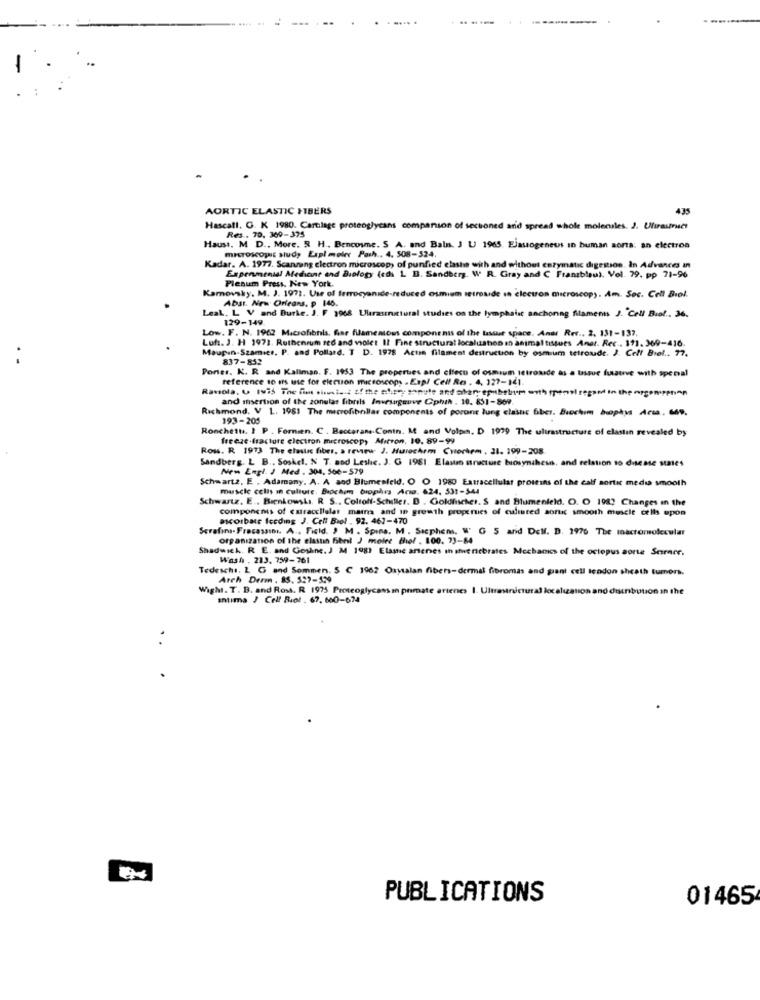
AORTIC ELASTIC FIBERS
435
Hascall. G. K 1980. Cartilage proteoglycans comparison of sectioned and spread whole molecules. 2. Ultrastruct
Res . 70, 360-375
Hauss. M. D ., More. R H ., Bencosme. S. A. and Balas. J U 1965. Elasogeneus In human sorta: an electron
miSTOSCOPIE sud, Expl meler Path .. 4. 508-524.
Kadar. A. 1977. Scansang electron microscopy of punfied clash with and without enzymatic digestion, In Advances in
Expenmenial Medhenne and Biology (eds 1 B. Sandberg. W. R. Gray and C Franzblau), Vol. 79. pp 71-96
Plenum Press. New York.
azbleu). Vel. 79. pp 71-96
Kamovsky. M. J. 1972. Use of ferrocyanide-reduced osmium metrosde in electron microscopy. Am. Soc. Cell Biol.
Absl. New Orleans. p 146.
129-149.
Low. F. N. 1962 Microfibnis. fine filamentous components of the tissue space. Andi Rec ., 2. 131-137.
Luft. J. H 1973. Ruthenrum red and violet Il Fine structural localustion in animal tissues Anet. Rec . 191. 369-416.
Maupin-Szamice, P. and Pollard. T D. 1978 Acta filament destruction by osmium tetroude. J. Cell Biel .. 77,
837-852
Poner. K. R and Kallman. F. 1953 The properties and effect of osmium Itroxide as a tissue fusuve with special
reference so irs use for electron microscopy . Esp/ Cell Ro . 4, 127-161.
Ravsola. ( 1975 The fim sivetsis of the cher sonute and affarepuhthemonth (emil regard in the nrcomrenen
and insertion of the zonulas fibrils Invesagouve Cphin . 10. 851-869.
Richmond. V 1. 1981 The microfibnllar components of poront lung classic bber. Biochem biophys Acta. G69.
193-205
Ronchetta. 1 P . Formien. C. Beccorame.Contn. M and Volpis. D 1979 The ultrastructure of elastin revealed by
freeze-fracture electron microscopy Mirton, 10. 89-99
Ross. R. 1973 The elastic fiber, a review. J. Hunochem Cwertem, 31. 199-208
Sandberg. L B .. Soskel, N T. and Leslie. J. G 1981 Elasmo uncture biosynthesis, and relation to disesse states
New Engl J Med . 304. 566-579
Schwart2. E . Adamany. A. A and Blumenfeld. O O 1980 Extracellular proteins of the calf aortic media smooth
muscle cells in culture, Biochem trophes Ario. 624, 531-544
Schwartz. E ., Bienkowska. R. S ., Coltolf-Schiller. B . Goldfischer. S.and Blumenfeld. O. O 1982 Changes in the
components of csiraccliular mama and in growth properties of cultured sonuc smooth muscle cells upon
ascorbate Iccding J. Cell Biol . 92. 467-470
Serafina- Fracassını. A .. Field. J M . Spina. M . Stephens, W G 5 and Dell. D. 1976 The macromolecular
organization of the elastin fibel J molet chel . 100. 73-84
Shadwick. R. E. and Gesline. J M 198) Elastic artenes in ifwe niebrates Mechanics of the octopus sorte Sernee.
Wash , 213. 759-761
Tedeschi, 2 G and Sommers. 5 ℃ 1962 Oxytalan fibers-dermal fibromas and grant cell tendon sheath tumor.
Arch Derm , 85. 527-529
Wight. T. B. and Ross. R. 1975 Proteoglycans in primate artenes 1. Ultrastructural localization and distribution in the
intima J Cell Biol . 67. 660-674
..
PUBLICATIONS
01465